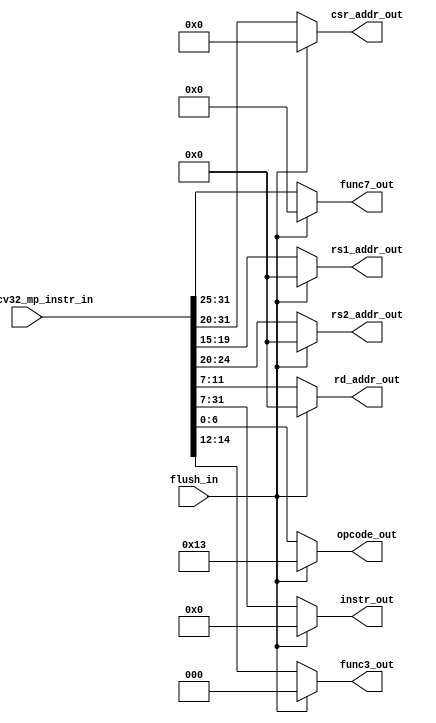
module msrv32_instruction_mux (input flush_in, input [31:0] ms_riscv32_mp_instr_in, output [6:0] opcode_out, func7_out, output[2:0] func3_out, output [4:0] rs1_addr_out,rs2_addr_out,rd_addr_out, output [11:0] csr_addr_out, output [31:7] instr_out);

reg [31:0] instr_mux;
reg [31:0] flush_temp = 32'h00000013;


assign opcode_out = flush_in ? flush_temp[6:0] : ms_riscv32_mp_instr_in[6:0] ;

assign func3_out = flush_in ? flush_temp[14:12] : ms_riscv32_mp_instr_in[14:12];

assign func7_out = flush_in ? flush_temp[31:25] : ms_riscv32_mp_instr_in[31:25];

assign csr_addr_out = flush_in ? flush_temp[31:20] : ms_riscv32_mp_instr_in[31:20];

assign rs1_addr_out = flush_in ? flush_temp[24:20] : ms_riscv32_mp_instr_in[19:15];

assign rs2_addr_out = flush_in ? flush_temp[24:20] : ms_riscv32_mp_instr_in[24:20];

assign rd_addr_out = flush_in ? flush_temp[11:7] : ms_riscv32_mp_instr_in[11:7];

assign instr_out = flush_in ? flush_temp[31:7] : ms_riscv32_mp_instr_in[31:7];

endmodule